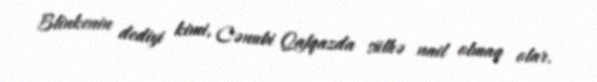
Blinkenin dediyi kimi, Cənubi Qafqazda sülhə nail olmaq olar.